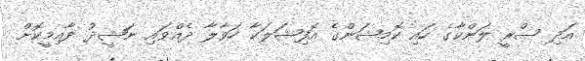
އަދި ސްރީ ލަންކާގެ ހައި ކޮމިޝަންގެ އޮފިޝަލަކާ ހަވާލާ ދެއްވައި ނަޝީދު ދާއިމީކޮށް